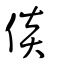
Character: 倓